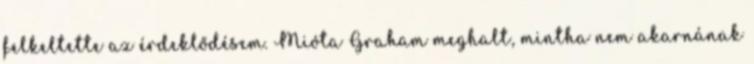
felkeltette az érdeklődésem. Mióta Graham meghalt, mintha nem akarnának